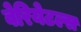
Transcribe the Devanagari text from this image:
वेरियेटल्स